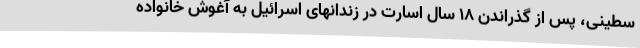
سطینی، پس از گذراندن 18 سال اسارت در زندانهای اسرائیل به آغوش خانواده